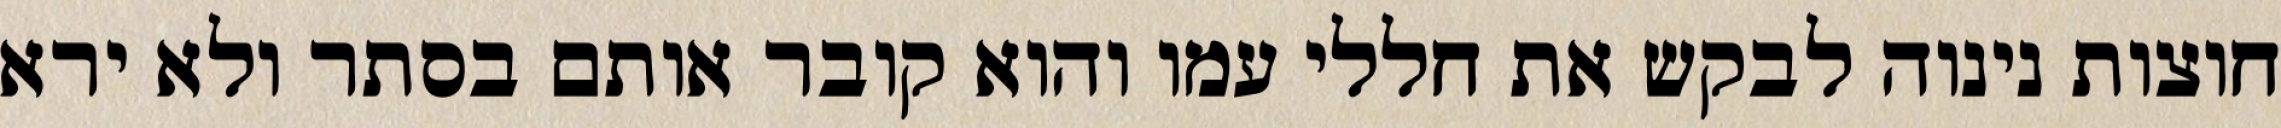
חוצות נינוה לבקש את חללי עמו והוא קובר אותם בסתר ולא ירא